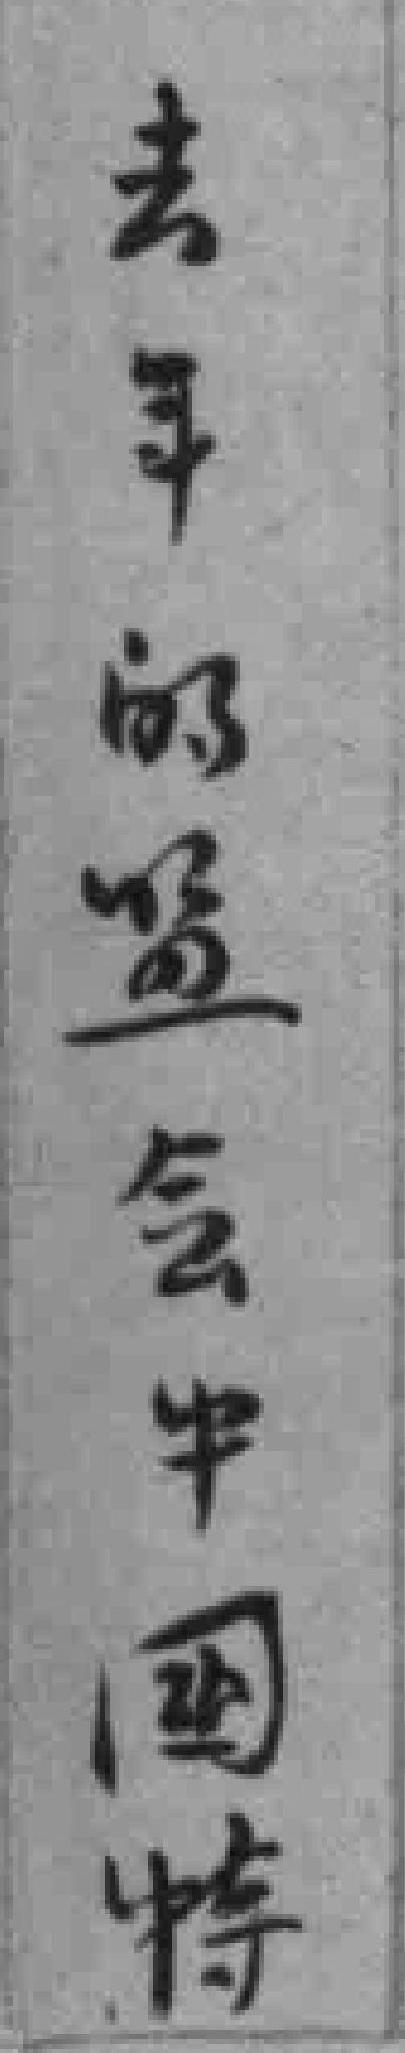
去年的監会中國特